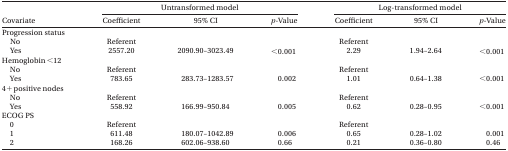
<table><thead><tr><td></td><td colspan="3"><b>Untransformed model</b></td><td colspan="3"><b>Log-transformed model</b></td></tr><tr><td><b>Covariate</b></td><td><b>Coefficient</b></td><td><b>95% CI</b></td><td><b><i>p</i>-Value</b></td><td><b>Coefficient</b></td><td><b>95% CI</b></td><td><b><i>p</i>-Value</b></td></tr></thead><tbody><tr><td colspan="7">Progression status</td></tr><tr><td> No</td><td>Referent</td><td></td><td></td><td>Referent</td><td></td><td></td></tr><tr><td> Yes</td><td>2557.20</td><td>2090.90-3023.49</td><td>&lt;0.001</td><td>2.29</td><td>1.94-2.64</td><td>&lt;0.001</td></tr><tr><td colspan="7">Hemoglobin &lt; 12</td></tr><tr><td> No</td><td>Referent</td><td></td><td></td><td>Referent</td><td></td><td></td></tr><tr><td> Yes</td><td>783.65</td><td>283.73-1283.57</td><td>0.002</td><td>1.01</td><td>0.64-1.38</td><td>&lt;0.001</td></tr><tr><td colspan="7">4+ positive nodes</td></tr><tr><td> No</td><td>Referent</td><td></td><td></td><td>Referent</td><td></td><td></td></tr><tr><td> Yes</td><td>558.92</td><td>166.99-950.84</td><td>0.005</td><td>0.62</td><td>0.28-0.95</td><td>&lt;0.001</td></tr><tr><td colspan="7">ECOGPS</td></tr><tr><td> 0</td><td>Referent</td><td></td><td></td><td>Referent</td><td></td><td></td></tr><tr><td> 1</td><td>611.48</td><td>180.07-1042.89</td><td>0.006</td><td>0.65</td><td>0.28-1.02</td><td>0.001</td></tr><tr><td> 2</td><td>168.26</td><td>602.06-938.60</td><td>0.66</td><td>0.21</td><td>0.36-0.80</td><td>0.46</td></tr></tbody></table>